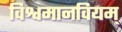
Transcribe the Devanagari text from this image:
विश्वमानवियम्